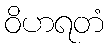
ဝိဟရတံ